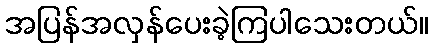
အပြန်အလှန်ပေးခဲ့ကြပါသေးတယ်။